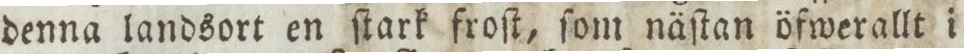
denna landsort en ſtark froſt, ſom näſtan öfwerallt i